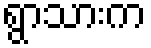
ရွာသားက